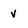
Character: v